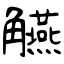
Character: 觾